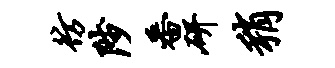
彷陟番研稍